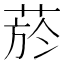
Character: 菸